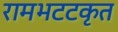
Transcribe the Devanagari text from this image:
रामभटटकृत